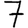
Digit: 7